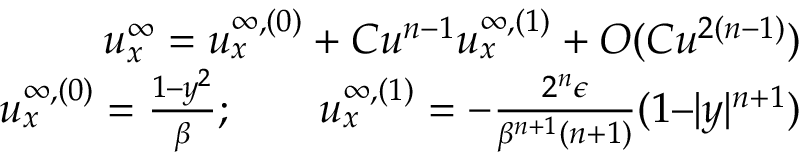
\begin{array} { r } { u _ { x } ^ { \infty } = u _ { x } ^ { \infty , ( 0 ) } + C u ^ { n - 1 } u _ { x } ^ { \infty , ( 1 ) } + O ( C u ^ { 2 ( n - 1 ) } ) } \\ { u _ { x } ^ { \infty , ( 0 ) } = \frac { 1 – y ^ { 2 } } { \beta } ; \qquad u _ { x } ^ { \infty , ( 1 ) } = - \frac { 2 ^ { n } \epsilon } { \beta ^ { n + 1 } ( n + 1 ) } ( 1 – | y | ^ { n + 1 } ) } \end{array}